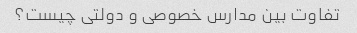
تفاوت بین مدارس خصوصی و دولتی چیست؟